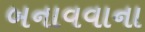
બનાવવાના